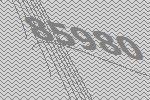
85980